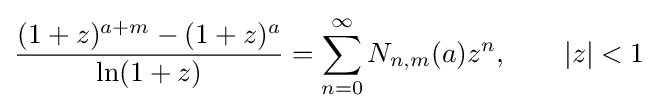
{\frac {(1+z)^{a+m}-(1+z)^{a}}{\ln(1+z)}}=\sum _{n=0}^{\infty }N_{n,m}(a)z^{n},\qquad |z|<1